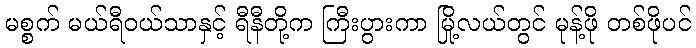
မစ္စက် မယ်ရီဝယ်သာနှင့် ရီနီတို့က ကြီးပွားကာ မြို့လယ်တွင် မုန့်ဖို တစ်ဖိုပင်